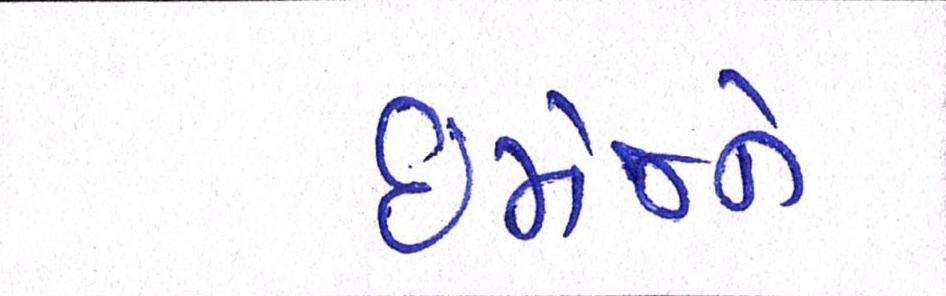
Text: ઈમેજને